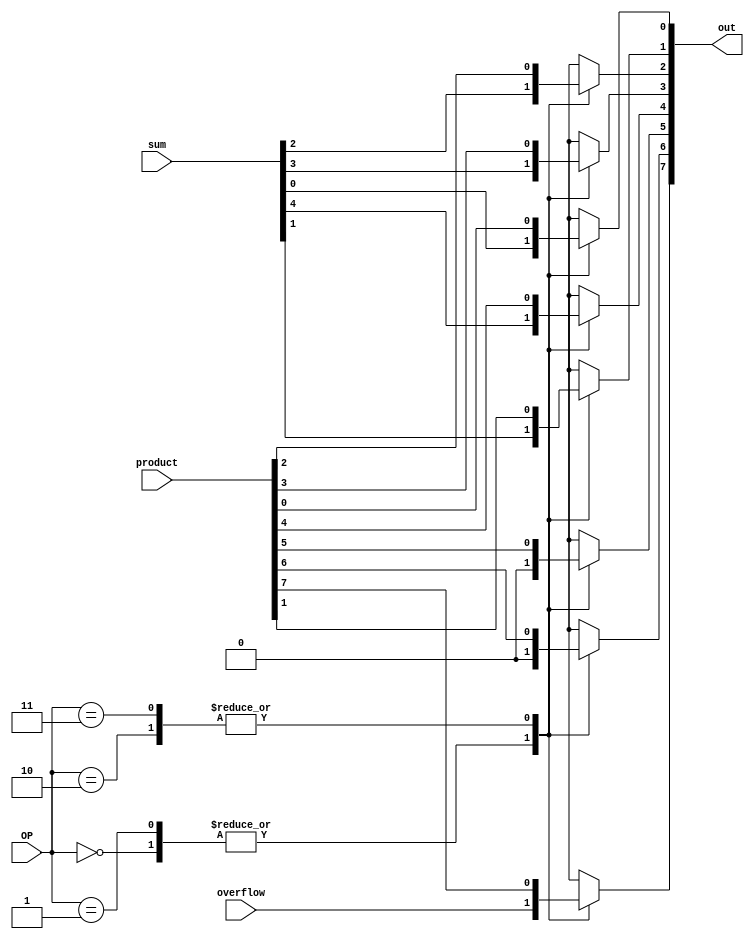
`timescale 1ns / 1ps
//////////////////////////////////////////////////////////////////////////////////
// Company: 
// Engineer: 
// 
// Design Name: 
// Module Name: mux
// Project Name: 
// Target Devices: 
// Tool Versions: 
// Description: 
// 
// Dependencies: 
// 
// Revision:
// Revision 0.01 - File Created
// Additional Comments:
// 
//////////////////////////////////////////////////////////////////////////////////


module mux(

    input overflow,
    input [4:0] sum,
    input [7:0] product,
    input [1:0] OP,
    output reg [7:0] out

    );
    
    always @(*) begin
        case (OP)
            2'b00:
                begin
                    out[7] <= overflow;
                    out[6] <= 1'b0;
                    out[5] <= 1'b0;
                    out[4] <= sum[4];
                    out[3] <= sum[3];
                    out[2] <= sum[2];
                    out[1] <= sum[1];
                    out[0] <= sum[0];
                end
            2'b01:
                begin
                    out[7] <= overflow;
                    out[6] <= 1'b0;
                    out[5] <= 1'b0;
                    out[4] <= sum[4];
                    out[3] <= sum[3];
                    out[2] <= sum[2];
                    out[1] <= sum[1];
                    out[0] <= sum[0];
                end
             2'b10:
                begin
                    out[7] <= product[7];
                    out[6] <= product[6];
                    out[5] <= product[5];
                    out[4] <= product[4];
                    out[3] <= product[3];
                    out[2] <= product[2];
                    out[1] <= product[1];
                    out[0] <= product[0];
                end
                
             2'b11:
                begin
                    out[7] <= product[7];
                    out[6] <= product[6];
                    out[5] <= product[5];
                    out[4] <= product[4];
                    out[3] <= product[3];
                    out[2] <= product[2];
                    out[1] <= product[1];
                    out[0] <= product[0];
                end
                
        endcase 
    end
    
    
endmodule